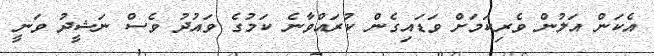
އެކަން އަލުން ވެރިކަމަށް ވަޑައިގެން ކުރައްވާނެ ކަމުގެ ވައުދު ވެސް ނަޝީދު ވަނީ